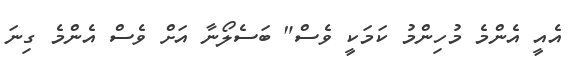
އެއީ އެންމެ މުހިންމު ކަމަކީ ވެސް" ބަސެލޯނާ އަށް ވެސް އެންމެ ގިނަ